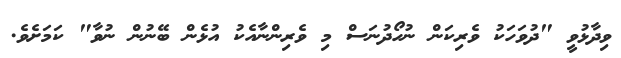
ވިދާޅުވީ "ދުވަހަކު ވެރިކަން ނުހޯދުނަސް މި ވެރިންނާއެކު އުޅެން ބޭނުން ނުވާ" ކަމަށެވެ.